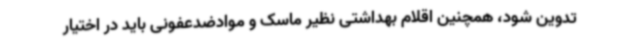
تدوین شود، همچنین اقلام بهداشتی نظیر ماسک و موادضدعفونی باید در اختیار